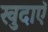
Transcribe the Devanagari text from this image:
खुदाएॅ